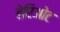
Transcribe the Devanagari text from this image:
हेरिओट